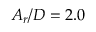
A _ { r } / D = 2 . 0